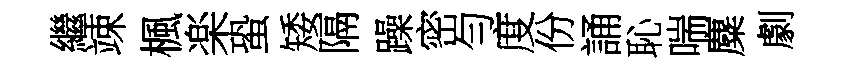
繼竦楓楽蛩矮隔躁密勻度份誦恥喘麋劇